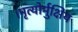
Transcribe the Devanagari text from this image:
।मृत्योर्मुक्षिय